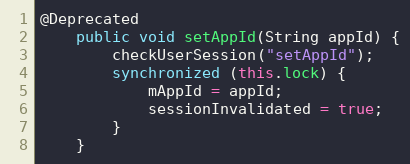
Language: Java
@Deprecated
    public void setAppId(String appId) {
        checkUserSession("setAppId");
        synchronized (this.lock) {
            mAppId = appId;
            sessionInvalidated = true;
        }
    }